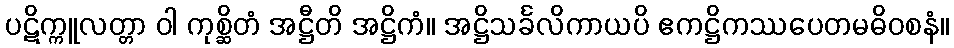
ပဋိက္ကူလတ္တာ ဝါ ကုစ္ဆိတံ အဋ္ဌီတိ အဋ္ဌိကံ။ အဋ္ဌိသင်္ခလိကာယပိ ဧကဋ္ဌိကဿပေတမဓိဝစနံ။